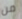
من